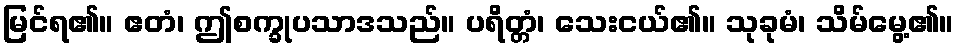
မြင်ရ၏။ ဧတံ၊ ဤစက္ခုပသာဒသည်။ ပရိတ္တံ၊ သေးငယ်၏။ သုခုမံ၊ သိမ်မွေ့၏။